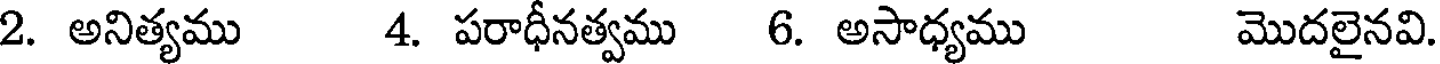
2. అనిత్యము 4. పరాధీనత్వము 6. అసాధ్యము మొదలైనవి